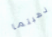
ذهبتما